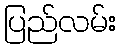
ပြည်လမ်း